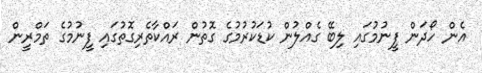
އެން ހޯދަން ފީނުމުގައި ލިބޭ ގެއްލުން ކުޑަކުރުމުގެ ގޮތުން ރައްކާތެރިގޮތުގައި ފީނުމުގެ ތަމްރީން